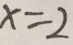
x = 2